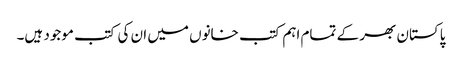
پاکستان بھر کے تمام اہم کتب خانوں میں ان کی کتب موجود ہیں۔